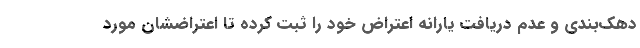
دهک‌بندی و عدم دریافت یارانه اعتراض خود را ثبت کرده تا اعتراضشان مورد